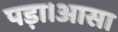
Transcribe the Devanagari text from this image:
पड़ा।आसा